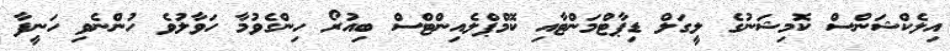
އިލެކްޝަންސް ކޮމިޝަނުގެ ލީގަލް ޑިޕާޓްމަންޓާއި ކޮމްޕްލެއިންޓްސް ބިއުރޯ ހިންގެވުމާ ހަވާލުވެ ހުންނެވި ހަނީފާ